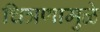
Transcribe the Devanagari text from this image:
चित्रणामुळे